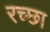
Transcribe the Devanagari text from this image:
रच्छा